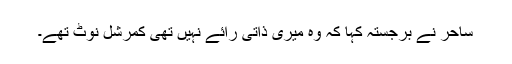
ساحر نے برجستہ کہا کہ وہ میری ذاتی رائے نہیں تھی کمرشل نوٹ تھے۔